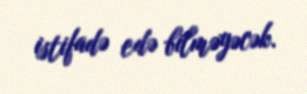
istifadə edə bilməyəcək.